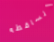
الساقطه